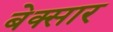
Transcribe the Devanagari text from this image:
बेक्सार